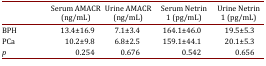
<table><thead><tr><td><b> </b></td><td><b>Serum AMACR (ng/mL)</b></td><td><b>Urine AMACR (ng/mL)</b></td><td><b>Serum Netrin 1 (pg/mL)</b></td><td><b>Urine Netrin 1 (pg/mL)</b></td></tr></thead><tbody><tr><td>BPH</td><td>13.4±16.9</td><td>7.1±3.4</td><td>164.1±46.0</td><td>19.5±5.3</td></tr><tr><td>PCa</td><td>10.2±9.8</td><td>6.8±2.5</td><td>159.1±44.1</td><td>20.1±5.3</td></tr><tr><td><i>p</i></td><td>0.254</td><td>0.676</td><td>0.542</td><td>0.656</td></tr></tbody></table>